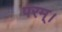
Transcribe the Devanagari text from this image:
परम्‌।